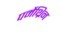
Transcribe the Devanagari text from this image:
पर्मेथ्रिन